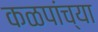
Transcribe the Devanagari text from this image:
कळपांच्या